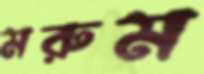
মরুম